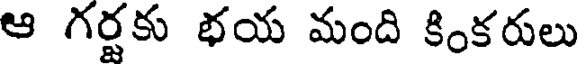
ఆ గర్టకు భయ మంది కింకరులు